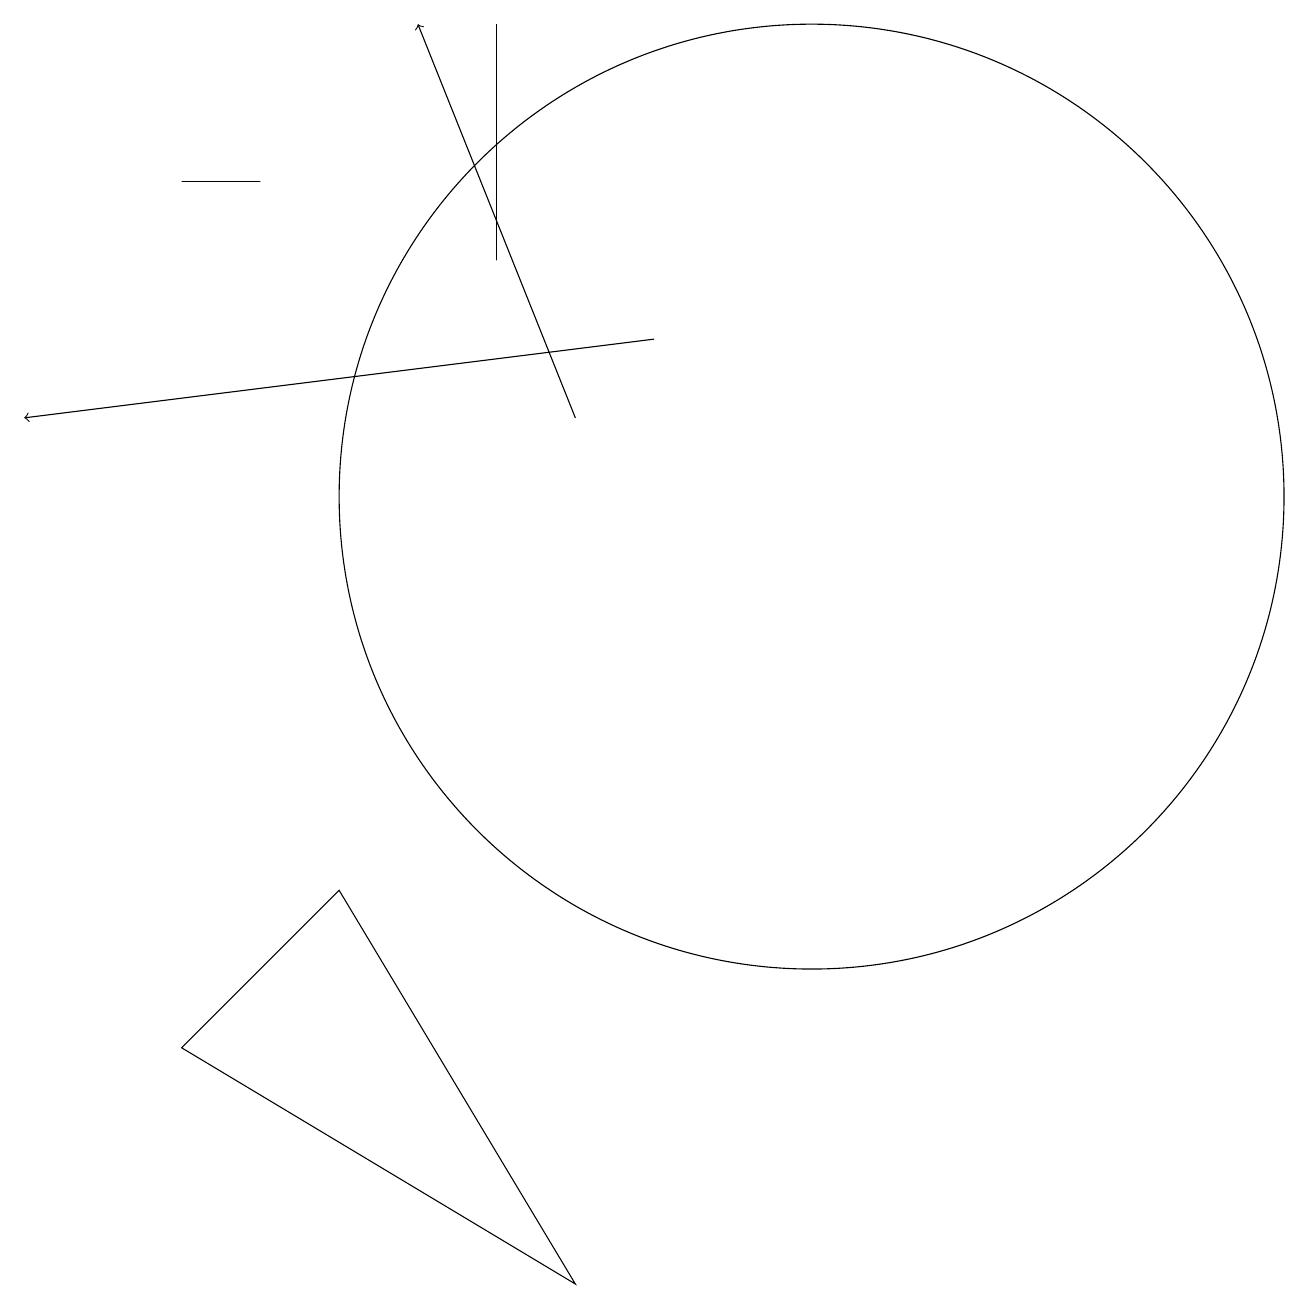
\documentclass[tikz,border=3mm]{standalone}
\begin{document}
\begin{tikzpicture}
\draw (6,13) rectangle (6,16);
\draw (7,0) -- (2,3) -- (4,5) -- cycle;
\draw (2,14) rectangle (3,14);
\draw[->] (7,11) -- (5,16);
\draw (10,10) circle (6);
\draw[->] (8,12) -- (0,11);
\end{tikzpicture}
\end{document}